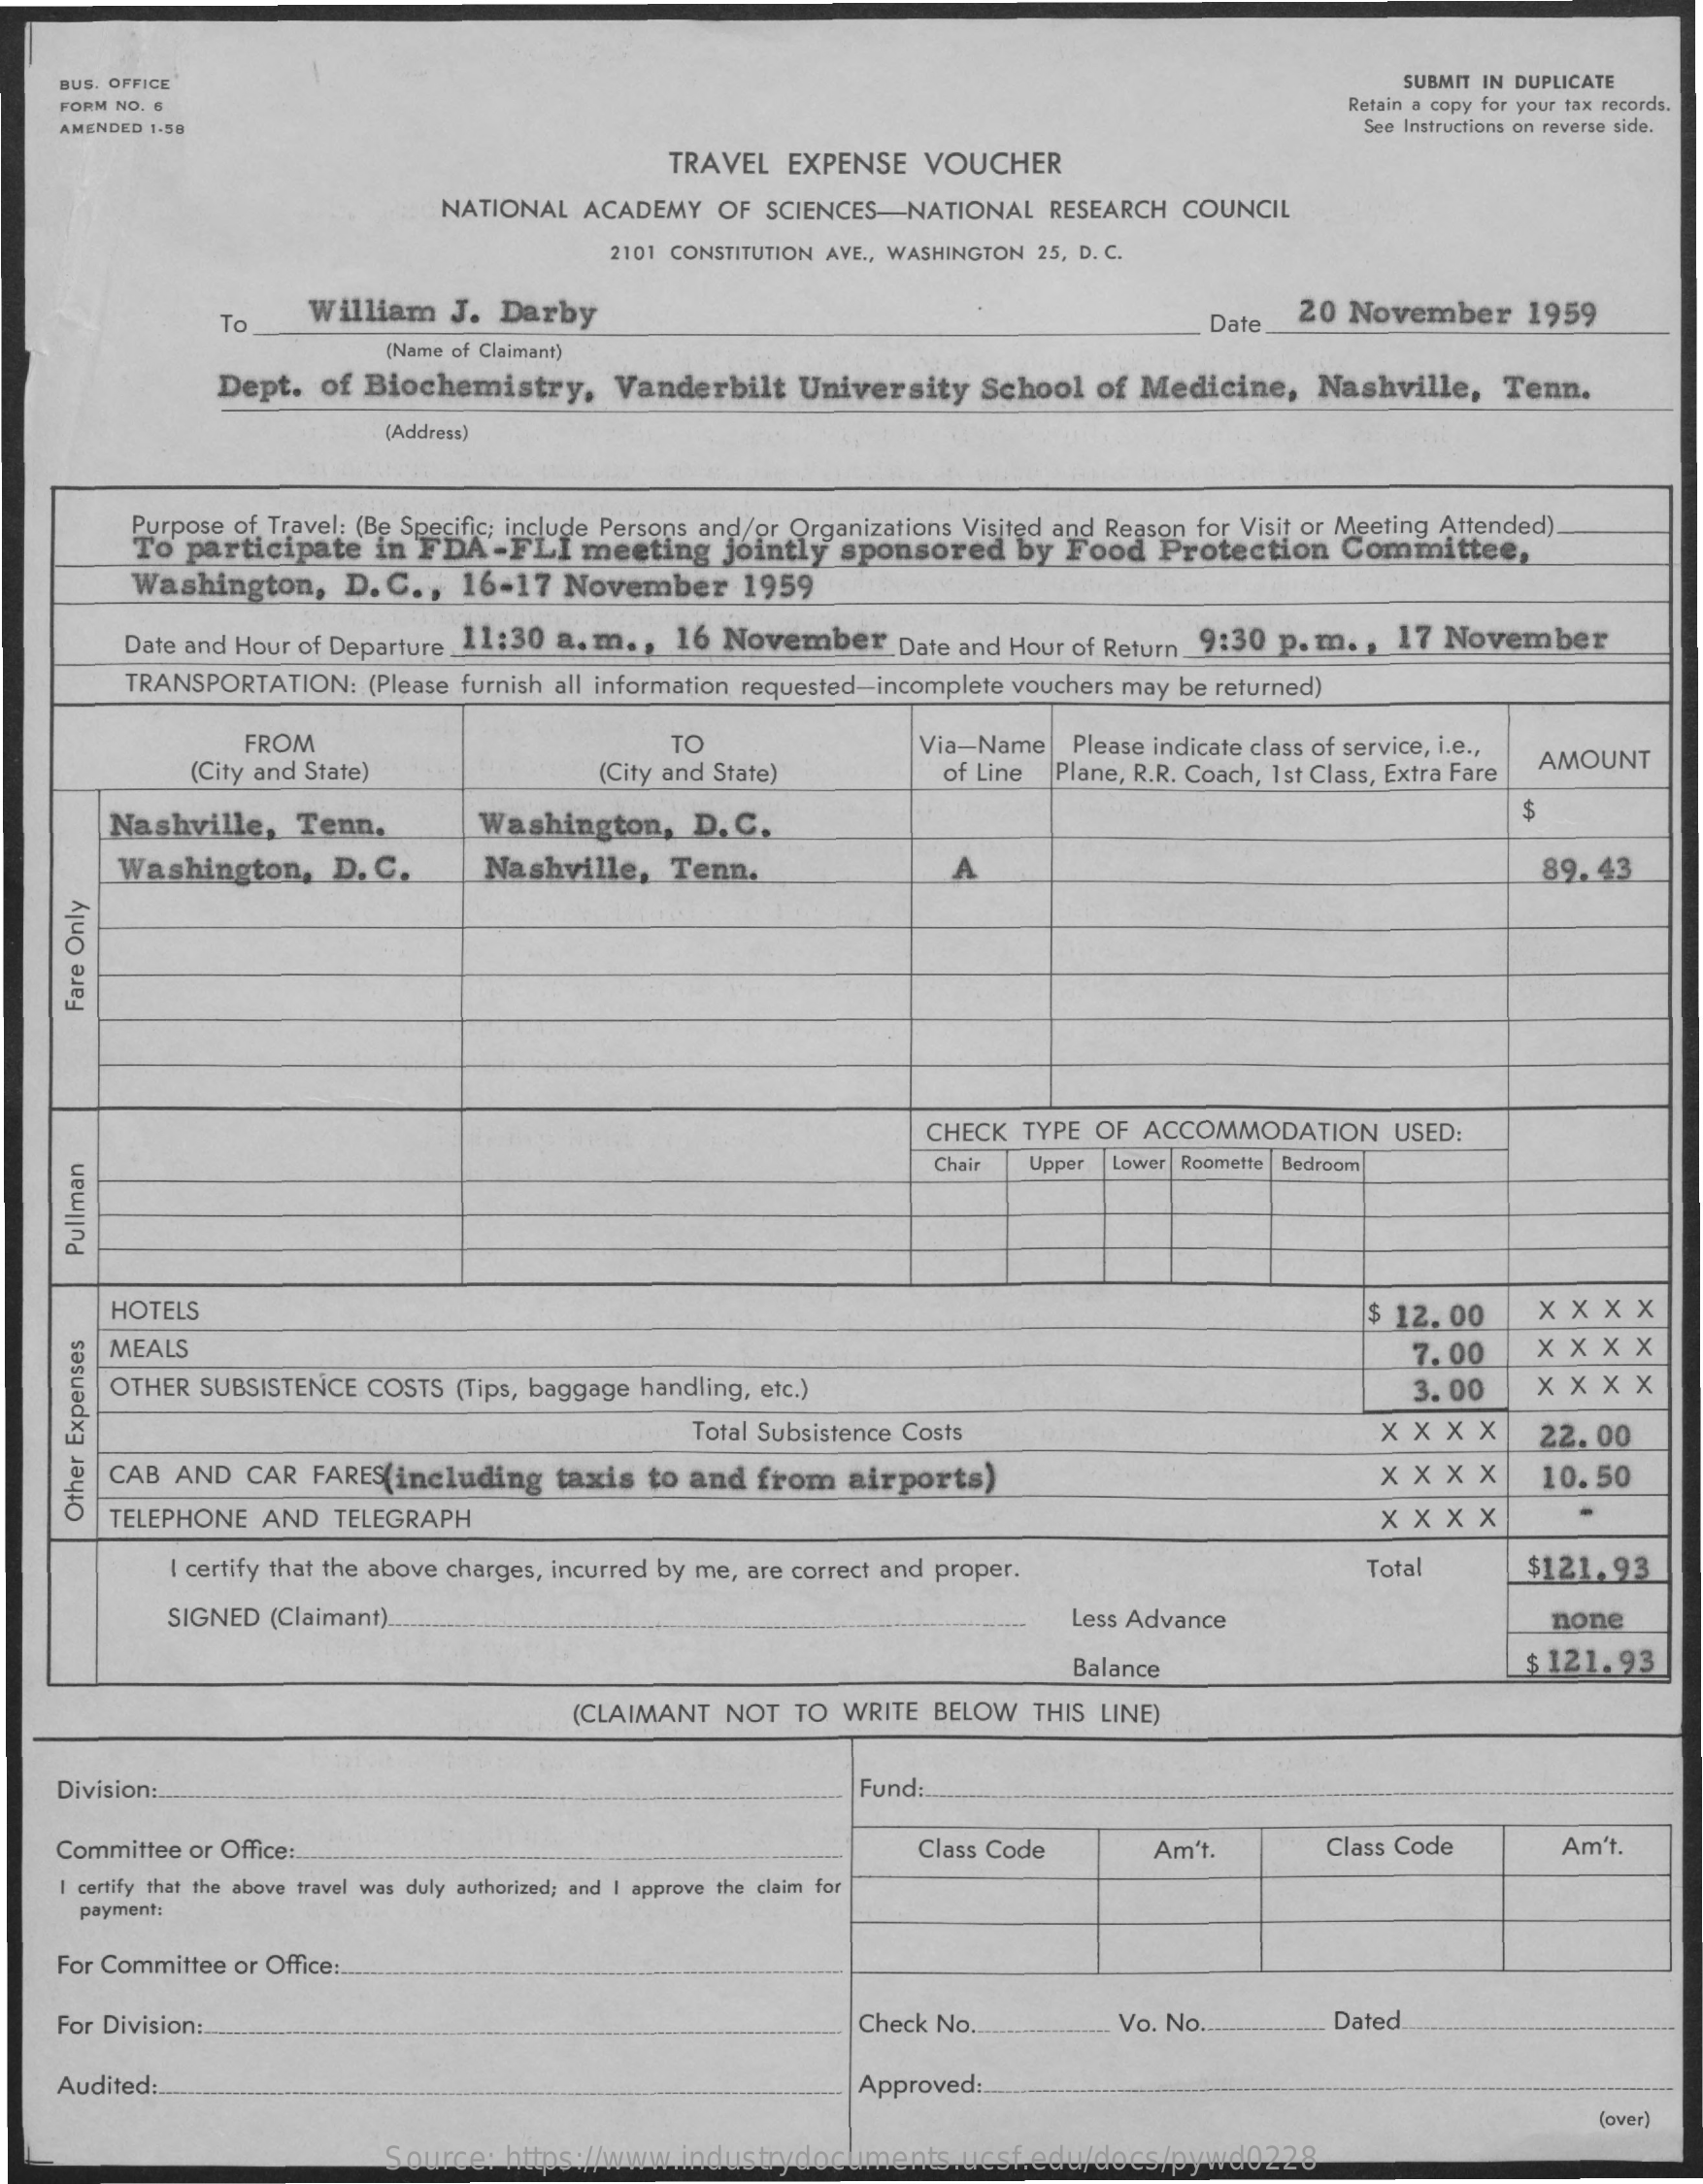
BUS. OFFICE    SUBMIT IN DUPLICATE
     FORM NO. 6    Retain a copy for your tax records.
     AMENDED 1-50    See Instructions on reverse side.
     TRAVEL  EXPENSE   VOUCHER
     NATIONAL   ACADEMY  OF  SCIENCES-NATIONAL    RESEARCH COUNCIL
     2101 CONSTITUTION AVE ., WASHINGTON 25, D. C.
     To
     William   J. Darby    Date.
     20 November    1959
     (Name of Claimant)
     Dept.  of Biochemistry,    Vanderbilt   University    School  of Medicine,    Nashville,    Tenn.
     (Address)
     Purpose of Travel: (Be Specific; include Persons and/or Organizations Visited and Reason for Visit or Meeting Attended).
     To  participate  in  FDA-FLI    meeting   jointly  sponsored   by  Food   Protection   Committee,
     Washington,    D. C .,  16-17  November    1959
     Date and Hour of Departure_11:30 a. m. , 16 November    Date and Hour of Return_9:30 p. m. , 17 November
     TRANSPORTATION:  (Please furnish all information requested-incomplete vouchers may be returned)
     FROM    TO    Via-Name   Please indicate class of service, i.e .,
     (City and State)    (City and State)    of Line Plane, R.R. Coach, 1st Class, Extra Fare
     AMOUNT
     Nashville,    Tenn.    Washington,    D. C.
     $
     Washington,    D. C.    Nashville,   Tenn.    A    89.43
     Fare
     Only
     CHECK  TYPE OF ACCOMMODATION    USED:
     Chair  Upper Lower Roomette Bedroom
     Pullman
     HOTELS    $ 12.00    x  X X X
     MEALS    7.00    xx   XX
     OTHER  SUBSISTENCE COSTS (Tips, baggage handling, etc.)    3.00
     Total Subsistence Costs    x X X  X    22.00
     CAB  AND  CAR  FARES(including   taxis to and  from   airports)    X X X  X    10.50
     TELEPHONE  AND  TELEGRAPH    XXXX
     Other
     Expenses
     I certify that the above charges, incurred by me, are correct and proper.    Total    $121.93
     SIGNED  (Claimant).    Less Advance    none
     Balance    $ 121.93
     (CLAIMANT  NOT  TO  WRITE BELOW   THIS LINE)
    Division :...    Fund :.
     Committee or Office :..    Class Code    Am't.    Class Code    Am't.
     I certify that the above travel was duly authorized; and I approve the claim for
     payment:
    For Committee or Office :.
    For Division :-    Check No.    Vo. No.    Dated_
    Audited:    Approved:
     (over)
     Source:  https://www.industrydocuments.ucsf.edu/docs/pywd0228